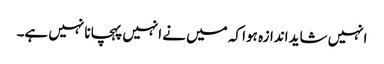
انہیں شاید اندازہ ہوا کہ میں نے انہیں پہچانا نہیں ہے۔